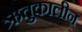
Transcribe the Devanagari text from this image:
ऋतुकालीन